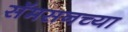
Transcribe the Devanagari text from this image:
सॅमसनच्या